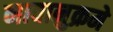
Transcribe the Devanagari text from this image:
नावानुक्रमे